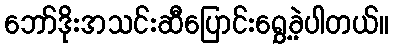
ဘော်ဒိုးအသင်းဆီပြောင်းရွှေ့ခဲ့ပါတယ်။